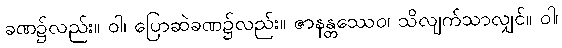
ခဏ၌လည်း။ ဝါ၊ ပြောဆဲခဏ၌လည်း။ ဇာနန္တဿေဝ၊ သိလျက်သာလျှင်။ ဝါ၊